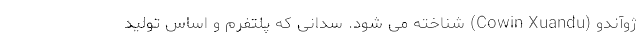
ژوآندو (Cowin Xuandu) شناخته می شود. سدانی که پلتفرم و اساس تولید